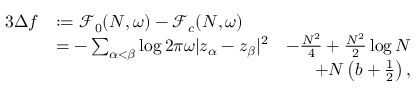
\begin{array} { r l r } { { 3 } \Delta f } & { : = \mathcal F _ { 0 } ( N , \omega ) - \mathcal F _ { c } ( N , \omega ) } & \\ & { = - \sum _ { \alpha < \beta } \log 2 \pi \omega | z _ { \alpha } - z _ { \beta } | ^ { 2 } } & { - \frac { N ^ { 2 } } { 4 } + \frac { N ^ { 2 } } { 2 } \log N } \\ & { } & { + N \left( b + \frac { 1 } { 2 } \right) , } \end{array}